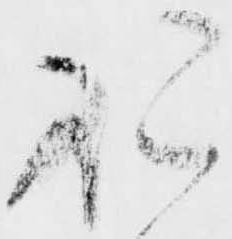
領